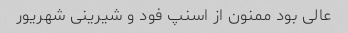
عالی بود ممنون از اسنپ فود و شیرینی شهریور